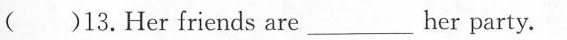
( )13.Her friends are________her party.